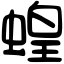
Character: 蝗